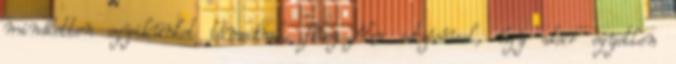
mindketten egyikünket támadnak, főleg Alex sebzésével, úgy akár egyetlen